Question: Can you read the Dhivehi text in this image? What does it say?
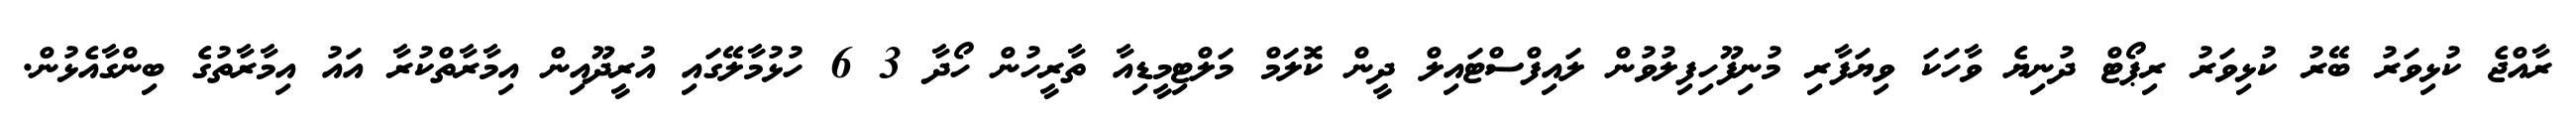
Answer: ރާއްޖެ ކުޅިވަރު ބޭރު ކުޅިވަރު ރިޕޯޓް ދުނިޔެ ވާހަކަ ވިޔަފާރި މުނިފޫހިފިލުވުން ލައިފްސްޓައިލް ދީން ކޮލަމް މަލްޓިމީޑިއާ ތާރީހުން ހޯދާ 3 6 ހުޅުމާލޭގައި އުރީދޫއިން އިމާރާތްކުރާ އައު އިމާރާތުގެ ބިންގާއެޅުން.